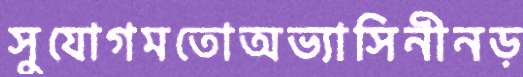
সুযোগমতোঅভ্যাসিনীনড়